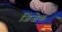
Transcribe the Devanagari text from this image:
जिज़ेक